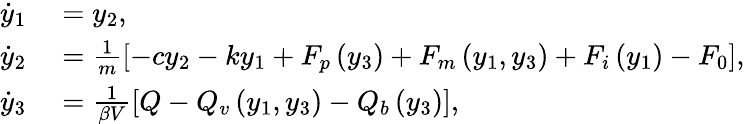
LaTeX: \begin{array}{rl}{\dot{y}_{1}}&{{}=y_{2},}\\ {\dot{y}_{2}}&{{}=\frac{1}{m}\left[-cy_{2}-ky_{1}+F_{p}\left(y_{3}\right)+F_{m}\left(y_{1},y_{3}\right)+F_{i}\left(y_{1}\right)-F_{0}\right],}\\ {\dot{y}_{3}}&{{}=\frac{1}{\beta V}\left[Q-Q_{v}\left(y_{1},y_{3}\right)-Q_{b}\left(y_{3}\right)\right],}\end{array}